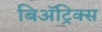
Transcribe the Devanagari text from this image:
बिॲट्रिक्स